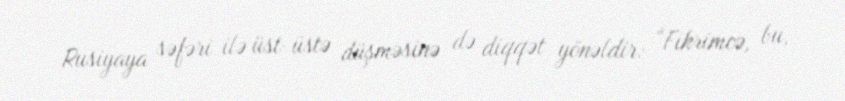
Rusiyaya səfəri ilə üst-üstə düşməsinə də diqqət yönəldir: “Fikrimcə, bu,